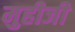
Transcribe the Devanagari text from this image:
मुहीजी